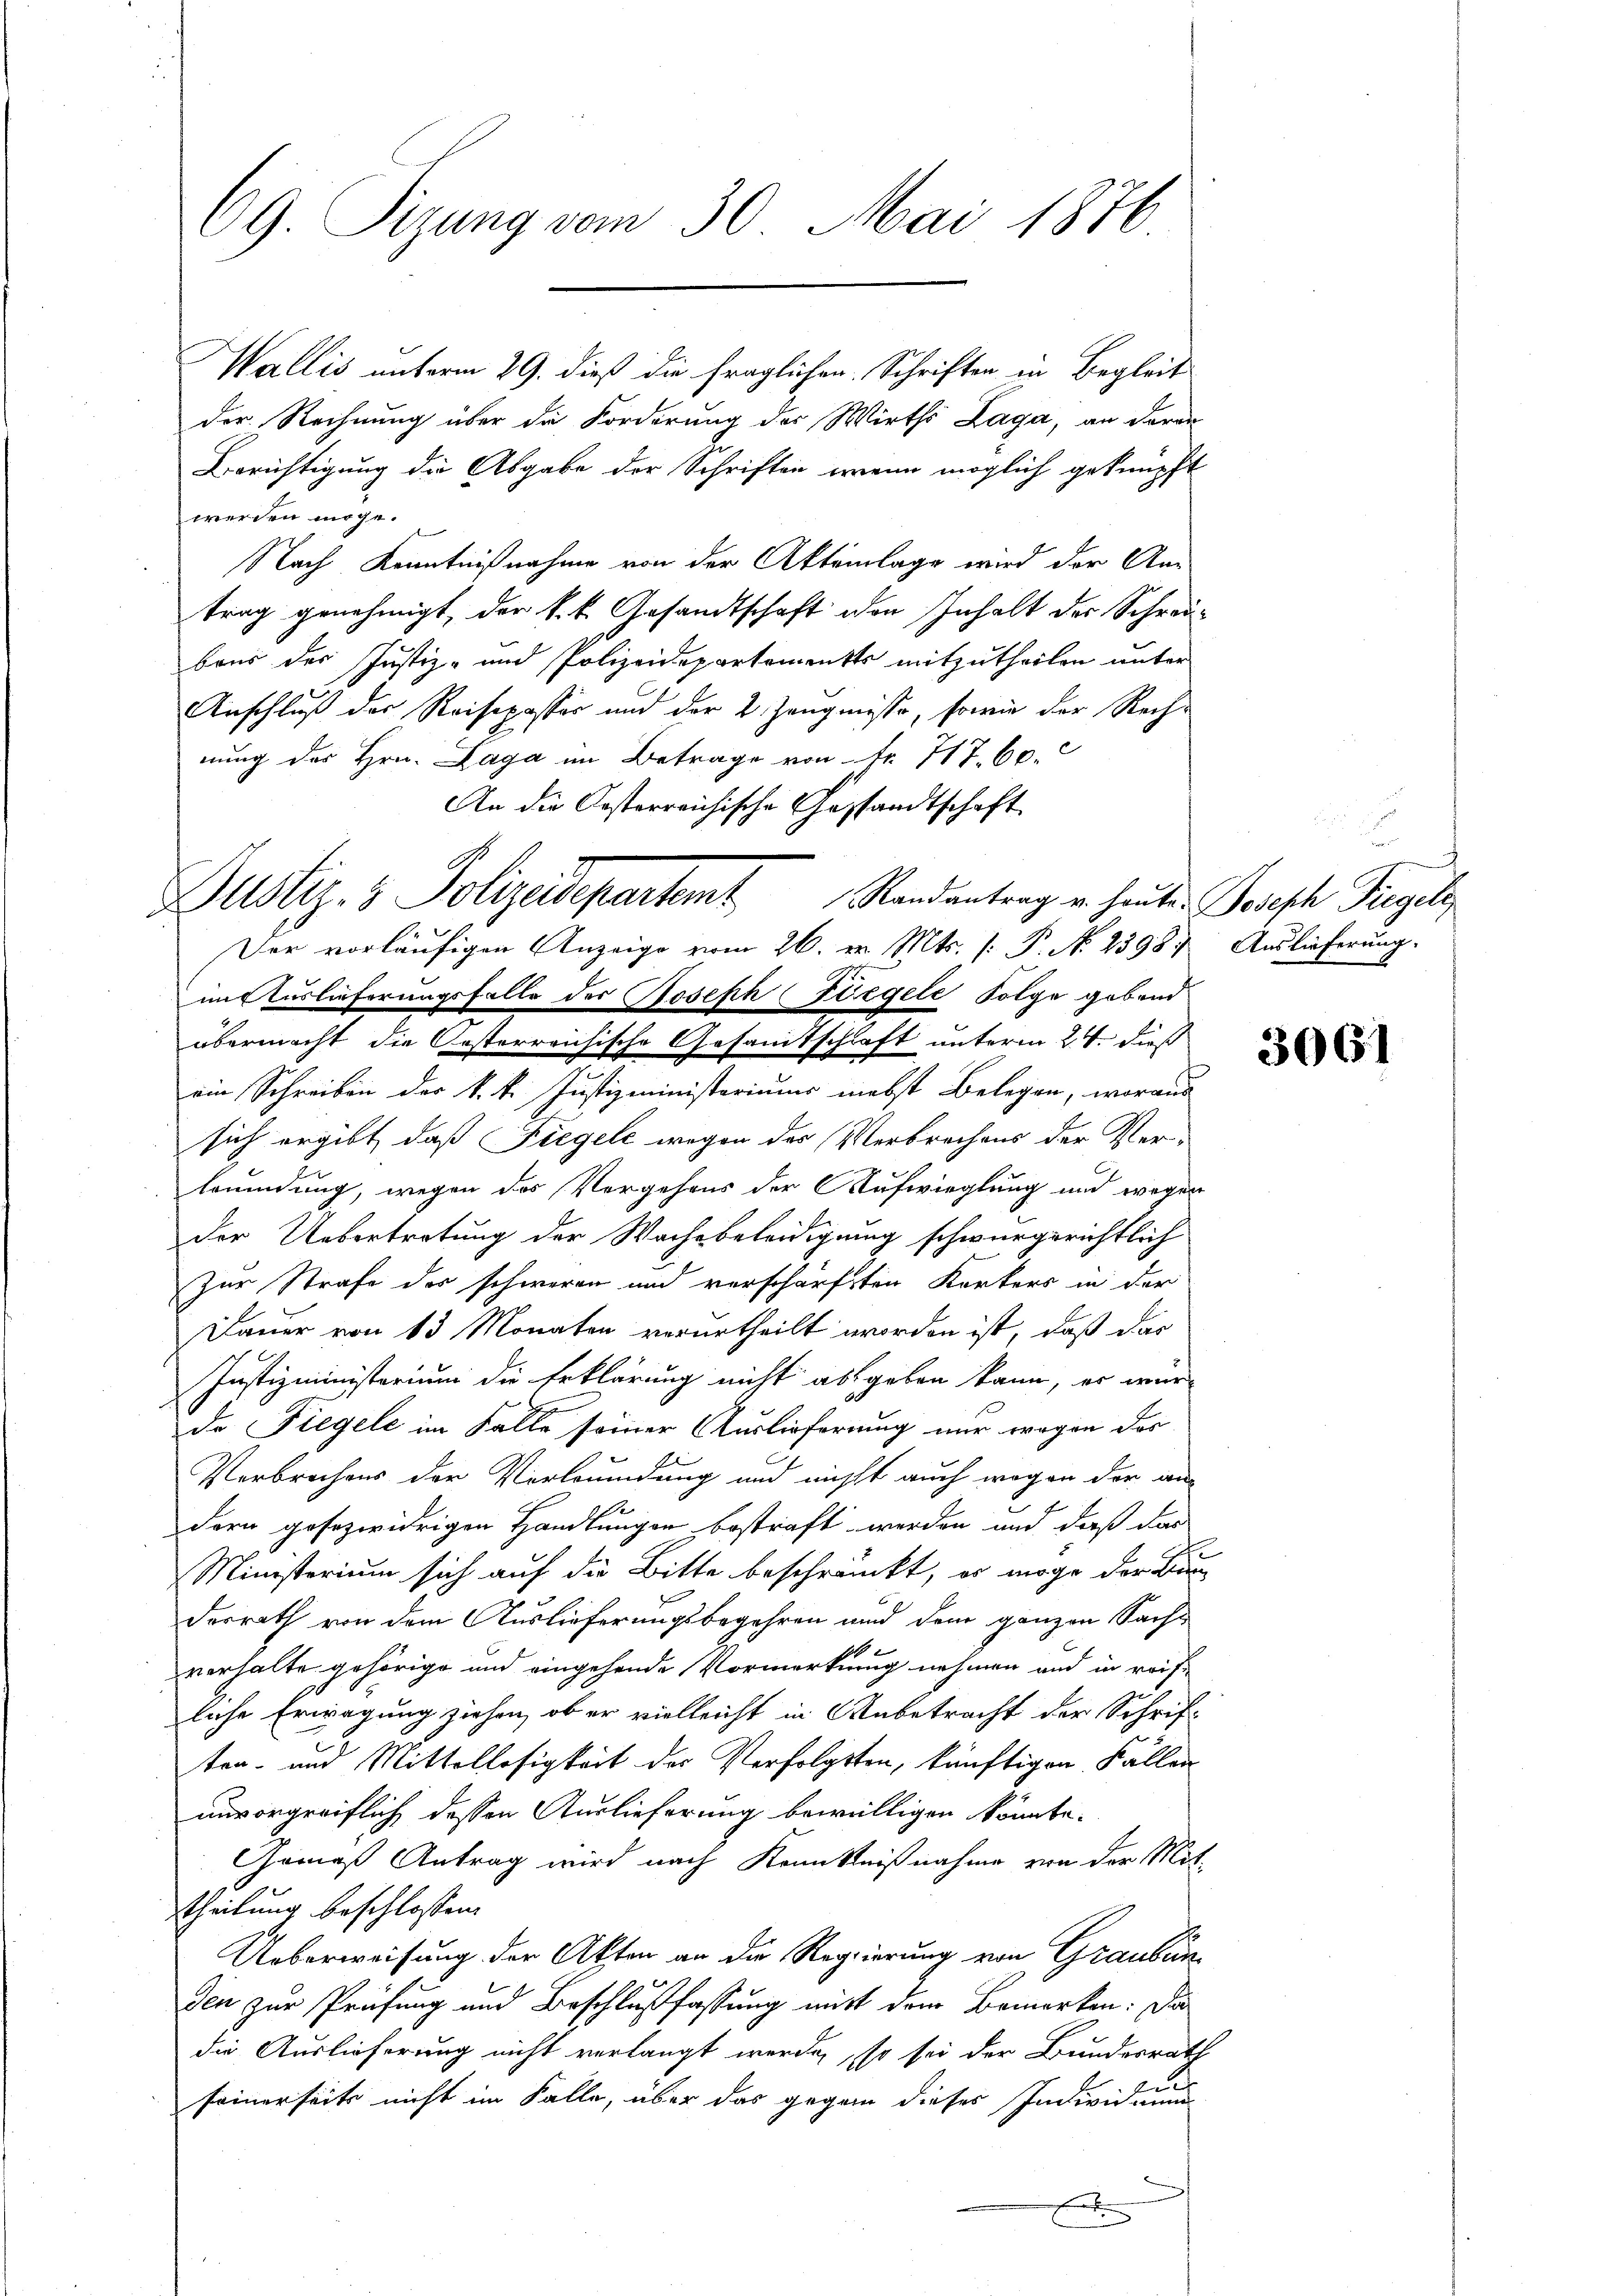
69. Sizung vom 30. Mai 1876

Wallis unterm 29. dieß die fraglichen Schriften in Begleit
der Rechnung über die Forderung der Wirths Laga, an daran
Berichtigung die Abgabe der Schriften, wenn möglich geknüpft
werden möge.
Nach Kenntnißnahme von der Aktenlage wird der An-
trag genehmigt, der k.k. Gesandtschaft den Inhalt der Schreibaus der Justiz- und Polizeidepartements mitzutheilen unter
Anschluß der Reisepasser und der 2. Zeugnisse, sowie der Rech-
nung des Hrn. Laga im Betrage von Fr. 717. 60.
An die Oesterreichische Gestandtschaft
intuslieferungsfalls der Joseph Förgele Folge gebend
übermacht die Kosterreichische Gesamtschaft unterm 24. dieß
ein Schreiben der k. k. Justizministeriums nebst Belegen, woraus
sich ergibt, daß Liegel wegen des (Verbrachens der Verleumdung, wegen des Vergehens der Aufwieglung und wegen
Der Uebertretung der Wache beleidigung schwurgerichtlich
Zur Strafe der schweren und verschärften Karters in der
Dauer von 13 Monaten verurtheilt worden ist, daß das
Justizministerium die Erklärung nicht abgeben kann, es werde Fiegele im Falle seiner Auslieferung nur wegen des
Verbrechens der Verleumdung und nicht auch wegen der andern gesezwidrigen Handlungen bestraft werden und daß das
Ministerium sich auf die Bitte beschränkt, er möge der Bi
desrath von dem Auslieferungsbegehren und dem ganzen Sache
verhalte gehörige und eingehende Vormerkung nehmen und in reis
liche Erwägung ziehen, ob er vielleicht in Anbetracht der Schriften- und Mittellosigkeit der Verfolgten, künftigen Fällen
unvorgreiflich dessen Auslieferung bewilligen könnte.
Gemäß Antrag wird nach Kenntnißnahme von der Mit-
theilung beschlossen.
Ueberweisung der Akten an die Regierung von Graubünden zur Prüfung und Beschlußfassung mitt dem Bemerken: Da
die Auslieferung nicht verlangt werde, so sei der Bundesrath
seinerseits nicht im Falle, über das gegen dieses Individuum
x

Justiz- & Polizeidepartamt Randantrag u. heute Parische Regel
Der vorläufigen Anzeige vom 26. v. Mts. [: P. N. 2398. Auslieferung.

u

3061